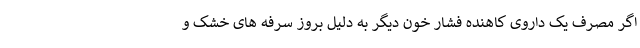
اگر مصرف یک داروی کاهنده فشار خون دیگر به دلیل بروز سرفه های خشک و